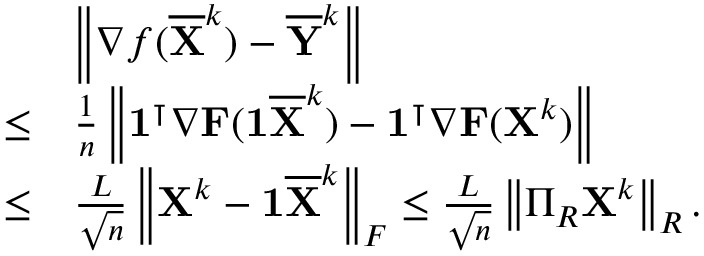
\begin{array} { r l } & { \left\| \nabla f ( \overline { { { \mathbf { X } } } } ^ { k } ) - \overline { { { \mathbf { Y } } } } ^ { k } \right\| } \\ { \leq } & { \frac { 1 } { n } \left\| { \mathbf { 1 } } ^ { \intercal } \nabla { \mathbf { F } } ( { \mathbf { 1 } } \overline { { { \mathbf { X } } } } ^ { k } ) - { \mathbf { 1 } } ^ { \intercal } \nabla { \mathbf { F } } ( { \mathbf { X } } ^ { k } ) \right\| } \\ { \leq } & { \frac { L } { \sqrt { n } } \left\| { \mathbf { X } } ^ { k } - { \mathbf { 1 } } \overline { { { \mathbf { X } } } } ^ { k } \right\| _ { F } \leq \frac { L } { \sqrt { n } } \left\| \Pi _ { R } { \mathbf { X } } ^ { k } \right\| _ { R } . } \end{array}